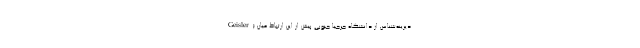
Geisler) دیرینه‌شناس از دانشگاه جرجیا جنوبی پیش از این ارتباط میان